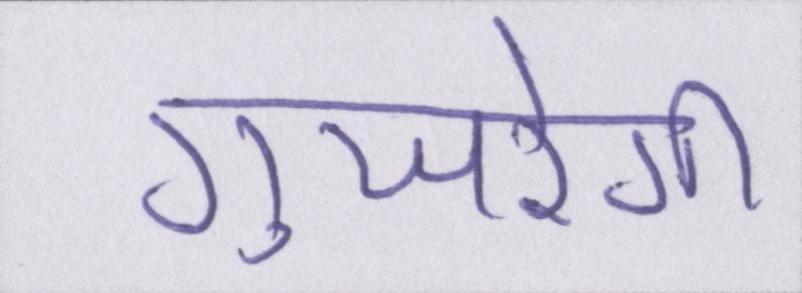
गुजरेगी